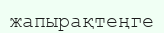
жапырақтеңге